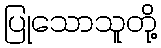
ပြုသောသူတို့